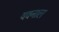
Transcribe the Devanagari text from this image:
यवनाल